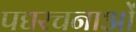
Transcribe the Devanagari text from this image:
पद्यरचनाओं